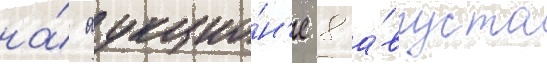
на́ аукцио́н'е 8 а́вгуста